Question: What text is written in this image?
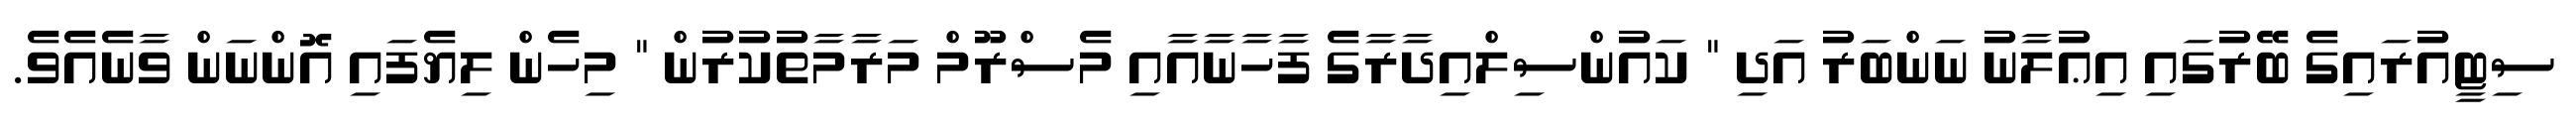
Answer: ސިޓީއުރައިގެ ބޭރުގައި އިޢުލާނު ނަންބަރު އަދި " ކައުންސިލްއިދާރާގެ ފާހާނާއާއި މެސްރޫމް މަރާމާތުކުރުން " މިހެން ލިޔެފައި އޮންނަން ވާނެއެވެ.